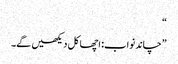
“
”چاند نواب: اچھا کل دیکھیں گے۔